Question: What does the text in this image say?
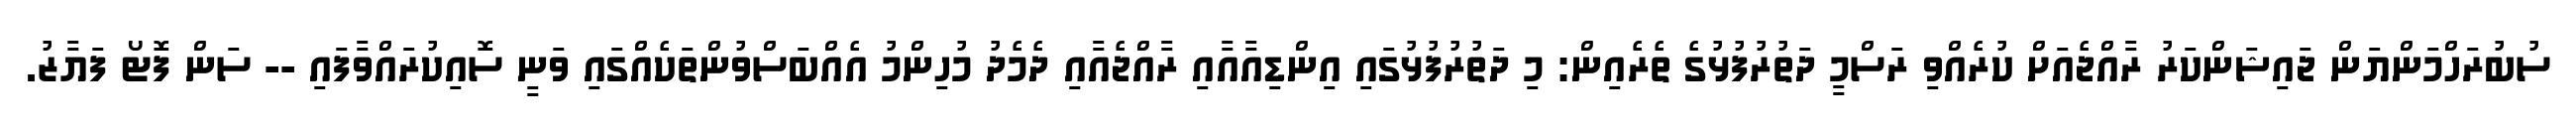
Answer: ސުބުރަހްމަންޔަން ޖައިޝަންކަރު ރާއްޖެއަށް ކުރެއްވި ރަސްމީ ދަތުރުފުޅުގެ ތެރެއިން: މި ދަތުރުފުޅުގައި އިންޑިއާއާއި ރާއްޖެއާއި ދެމެދު މުހިންމު އެއްބަސްވުންތަކެއްގައި ވަނީ ސޮއިކުރައްވާފައި -- ސަން ފޮޓޯ ފަޔާޒު.